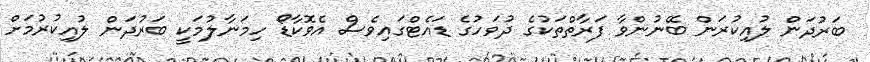
ބަރުދަން ލުއިކުރަން ބޭނުންވާ ފަރާތްތަކުގެ ދުވަހުގެ ޑައެޓްގައިވެސް އެވޮކާޑޯ ހިމަނާލުމަކީ ބަރުދަން ލުއިކުރުމަށް